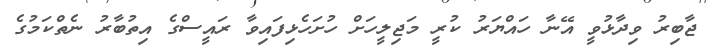
ޖާބިރު ވިދާޅުވީ އޭނާ ހައްޔަރު ކުރީ މަޖިލީހަށް ހުށަހެޅިފައިވާ ރައީސްގެ އިތުބާރު ނެތްކަމުގެ